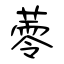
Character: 蕶